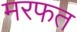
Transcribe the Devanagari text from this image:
मरफत